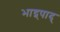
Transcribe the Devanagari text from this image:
भाद्र्पाद्